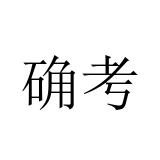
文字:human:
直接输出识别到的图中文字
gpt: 确考